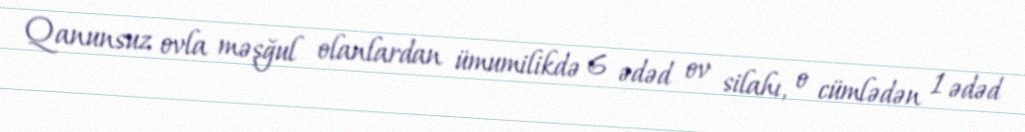
Qanunsuz ovla məşğul olanlardan ümumilikdə 6 ədəd ov silahı, o cümlədən 1 ədəd